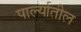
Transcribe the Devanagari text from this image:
पार्ल्यातील